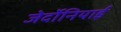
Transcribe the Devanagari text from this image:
जेर्दोनियाई